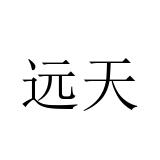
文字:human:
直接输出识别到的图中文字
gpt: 远天